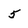
Character: 5